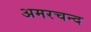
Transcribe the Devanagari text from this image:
अमरचन्द